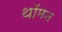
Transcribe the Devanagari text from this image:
थॉमन